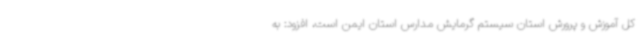
کل آموزش و پرورش استان سیستم گرمایش مدارس استان ایمن است، افزود: به